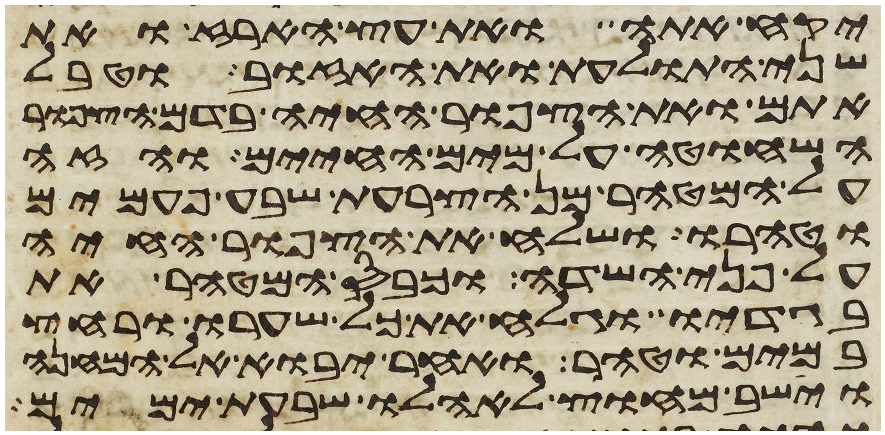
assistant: יקח אתה ואת עץ הארז ואת
שני התולעת ואת האזוב וטבל
אתם ואת הצפור החיה בדם הצפור
השחוטה על מים החיים והזה
על המטהר מן הצרעת שבע פעמים
וטהרו ושלח את הצפור החיה
על פני השדה וכבס המטהר את
בגדיו וגלח את כל שערו ורחץ
במים וטהר ואחר יבוא אל המחנה
וישב מחוץ לאהלו שבעת ימים